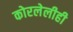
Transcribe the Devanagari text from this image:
कोरलेलीही